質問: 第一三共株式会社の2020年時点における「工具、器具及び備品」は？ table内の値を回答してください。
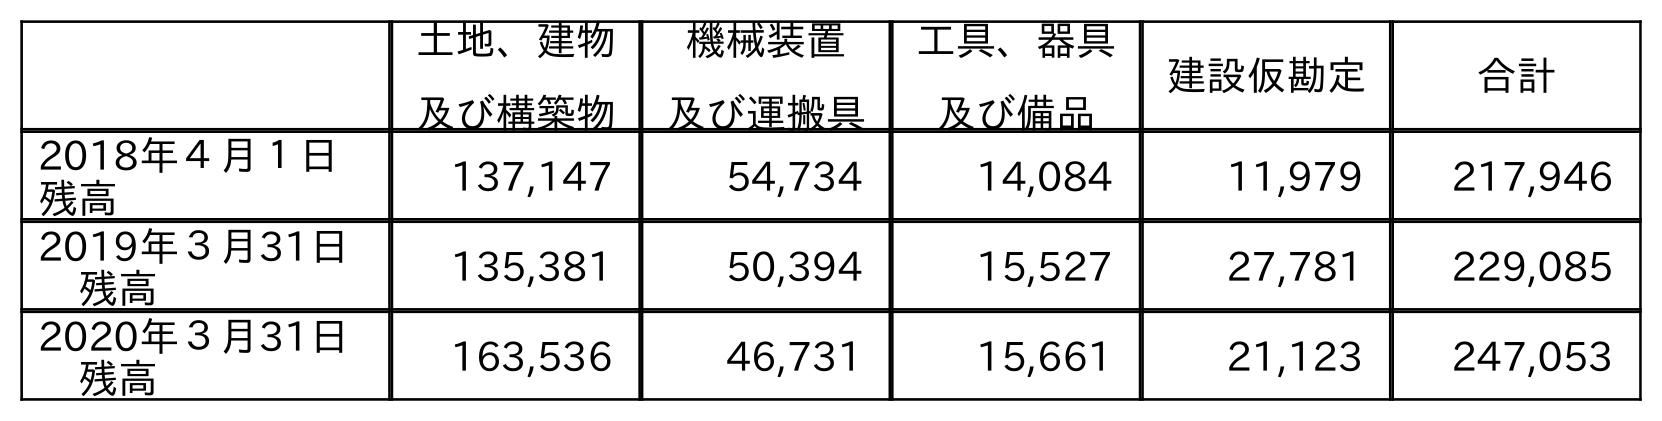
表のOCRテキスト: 土地、建物 及び構築物 機械装置 及び運搬具 工具、器具 及び備品 建設仮勘定 合計 2018年４月１日  残高 137,147 54,734 14,084 11,979 217,946 2019年３月31日  残高 135,381 50,394 15,527 27,781 229,085 2020年３月31日  残高 163,536 46,731 15,661 21,123 247,053
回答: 15,661